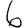
Digit: 6